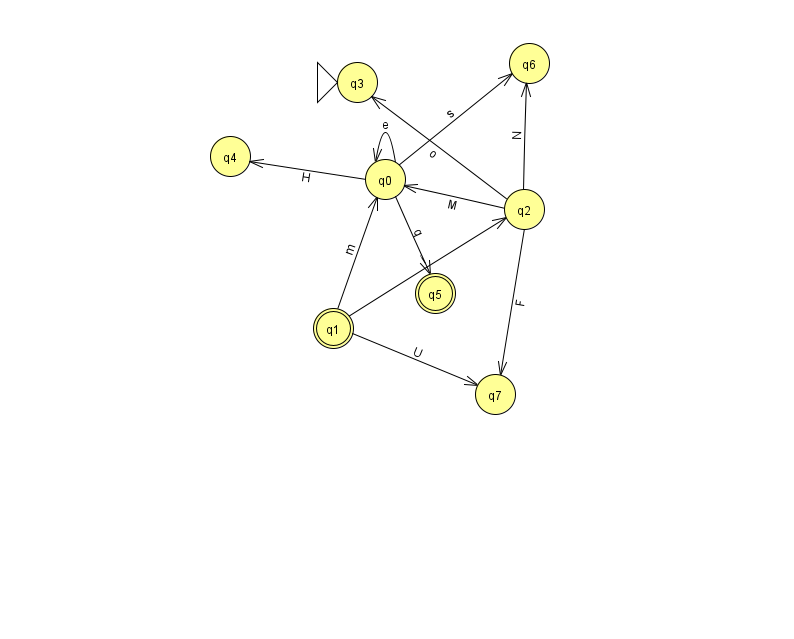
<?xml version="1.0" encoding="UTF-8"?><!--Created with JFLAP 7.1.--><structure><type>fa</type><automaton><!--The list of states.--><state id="0" name="q0"><x>385.0</x><y>166.0</y></state><state id="1" name="q1"><x>333.0</x><y>315.0</y><final/></state><state id="2" name="q2"><x>524.0</x><y>196.0</y></state><state id="3" name="q3"><x>357.0</x><y>69.0</y><initial/></state><state id="4" name="q4"><x>230.0</x><y>143.0</y></state><state id="5" name="q5"><x>435.0</x><y>280.0</y><final/></state><state id="6" name="q6"><x>529.0</x><y>50.0</y></state><state id="7" name="q7"><x>495.0</x><y>381.0</y></state><!--The list of transitions.--><transition><from>1</from><to>2</to><read>i</read></transition><transition><from>2</from><to>0</to><read>M</read></transition><transition><from>2</from><to>7</to><read>F</read></transition><transition><from>0</from><to>0</to><read>e</read></transition><transition><from>0</from><to>5</to><read>q</read></transition><transition><from>0</from><to>4</to><read>H</read></transition><transition><from>1</from><to>7</to><read>U</read></transition><transition><from>1</from><to>0</to><read>m</read></transition><transition><from>2</from><to>3</to><read>o</read></transition><transition><from>2</from><to>6</to><read>N</read></transition><transition><from>0</from><to>6</to><read>s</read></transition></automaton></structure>